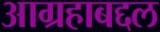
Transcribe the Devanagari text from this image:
आग्रहाबद्दल